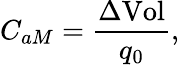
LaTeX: C_{aM}=\frac{\Delta\textrm{Vol}}{q_{0}},